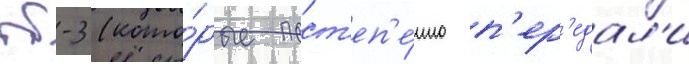
тб-3 (кото́рые пост'еп'е́нно п'ер'едал'и